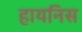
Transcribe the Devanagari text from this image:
हायनिस